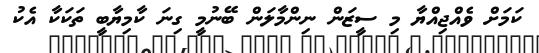
ކަމަށް ވެއްޖިއްޔާ މި ސީޒަން ނިންމާލަން ބޭނުމީ ގިނަ ކާމިޔާބީ ތަކަކާ އެކު